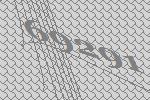
69291